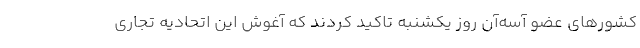
کشورهای عضو آسه‌آن روز یکشنبه تاکید کردند که آغوش این اتحادیه تجاری